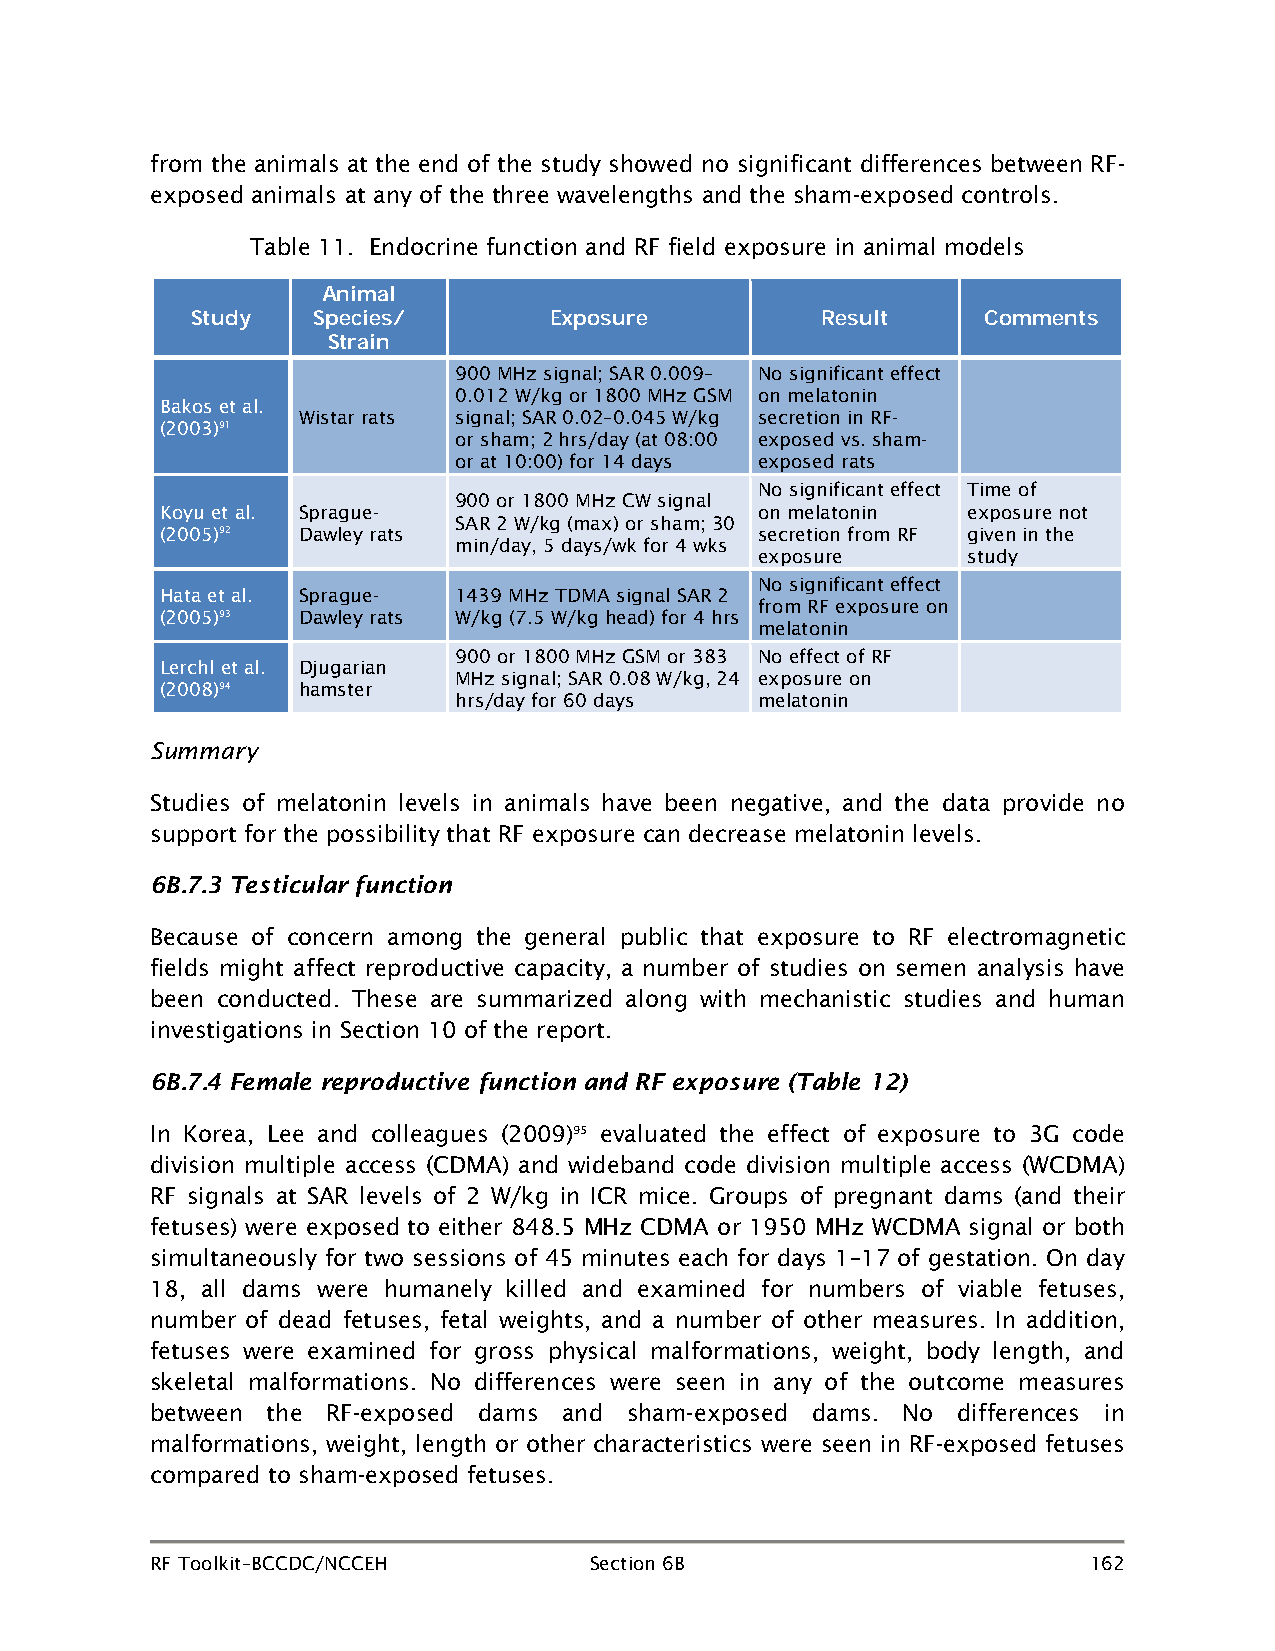
from the animals at the end of the study showed no significant differences between RF-
 exposed animals at any of the three wavelengths and the sham-exposed controls.
 Table 11. Endocrine function and RF field exposure in animal models
 Animal
 Study   Species/       Exposure          Result     Comments
 Strain
 900 MHz signal; SAR 0.009– No significant effect
 0.012 W/kg or 1800 MHz GSM on melatonin
 Bakos et al.
 Wistar rats signal; SAR 0.02–0.045 W/kg secretion in RF-
 (2003)91
 or sham; 2 hrs/day (at 08:00 exposed vs. sham-
 or at 10:00) for 14 days exposed rats
 No significant effect Time of
 900 or 1800 MHz CW signal
 Koyu et al. Sprague-                   on melatonin  exposure not
 SAR 2 W/kg (max) or sham; 30
 (2005)92 Dawley rats                   secretion from RF given in the
 min/day, 5 days/wk for 4 wks
 exposure      study
 No significant effect
 Hata et al. Sprague- 1439 MHz TDMA signal SAR 2
 from RF exposure on
 (2005)93 Dawley rats W/kg (7.5 W/kg head) for 4 hrs
 melatonin
 900 or 1800 MHz GSM or 383 No effect of RF
 Lerchl et al. Djugarian
 MHz signal; SAR 0.08 W/kg, 24 exposure on
 (2008)94 hamster
 hrs/day for 60 days melatonin
 Summary
 Studies of melatonin levels in animals have been negative, and the data provide no
 support for the possibility that RF exposure can decrease melatonin levels.
 6B.7.3 Testicular function
 Because of concern among the general public that exposure to RF electromagnetic
 fields might affect reproductive capacity, a number of studies on semen analysis have
 been conducted. These are summarized along with mechanistic studies and human
 investigations in Section 10 of the report.
 6B.7.4 Female reproductive function and RF exposure (Table 12)
 In Korea, Lee and colleagues (2009)95 evaluated the effect of exposure to 3G code
 division multiple access (CDMA) and wideband code division multiple access (WCDMA)
 RF signals at SAR levels of 2 W/kg in ICR mice. Groups of pregnant dams (and their
 fetuses) were exposed to either 848.5 MHz CDMA or 1950 MHz WCDMA signal or both
 simultaneously for two sessions of 45 minutes each for days 1–17 of gestation. On day
 18, all dams were humanely killed and examined for numbers of viable fetuses,
 number of dead fetuses, fetal weights, and a number of other measures. In addition,
 fetuses were examined for gross physical malformations, weight, body length, and
 skeletal malformations. No differences were seen in any of the outcome measures
 between the RF-exposed dams and sham-exposed dams. No differences in
 malformations, weight, length or other characteristics were seen in RF-exposed fetuses
 compared to sham-exposed fetuses.
 RF Toolkit–BCCDC/NCCEH       Section 6B                       162